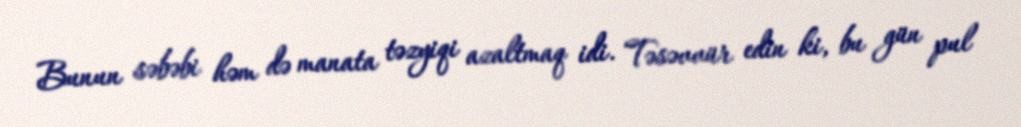
Bunun səbəbi həm də manata təzyiqi azaltmaq idi. Təsəvvür edin ki, bu gün pul